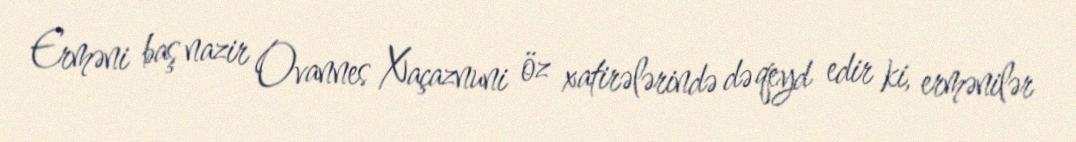
Erməni baş nazir Ovannes Xaçaznuni öz xatirələrində də qeyd edir ki, ermənilər